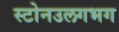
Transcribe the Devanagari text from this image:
स्टोनउलगभग